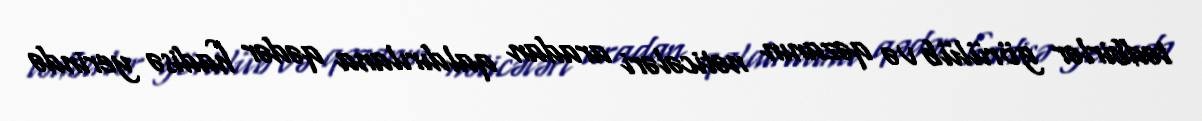
tədbirlər görülüb və qəzanın nəticələri aradan qaldırılana qədər hadisə yerində